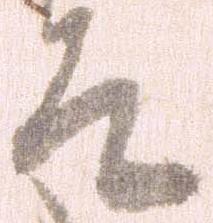
そ